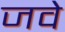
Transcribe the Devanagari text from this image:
जवे